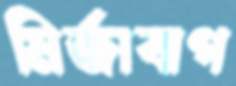
মির্জাবাগ